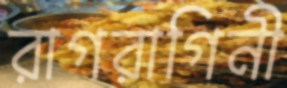
রাগরাগিনী